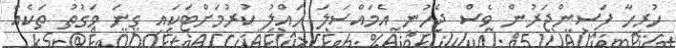
ހުރިހާ ފަސިންޖަރުން ވެސް ޖެހުނީ އެމައްސަލަ ޙައްލު ކުރުމަށްޓަކައި ގިނަ ވަގުތު ތަކެއް